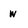
Character: w